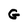
Character: G